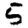
Digit: 5